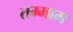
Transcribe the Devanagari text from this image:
तम्माम